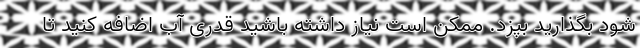
شود بگذارید بپزد. ممکن است نیاز داشته باشید قدری آب اضافه کنید تا